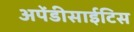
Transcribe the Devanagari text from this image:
अपेंडीसाईटिस